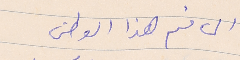
الى فم هذا الوطن